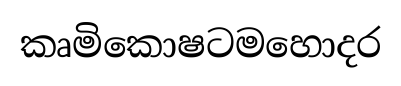
කෘමිකොෂටමහොදර